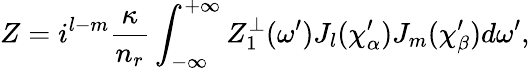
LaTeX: Z=i^{l-m}\frac{\kappa}{n_{r}}\int_{-\infty}^{+\infty}Z_{1}^{\perp}(\omega^{\prime})J_{l}(\chi_{\alpha}^{\prime})J_{m}(\chi_{\beta}^{\prime})d\omega^{\prime},